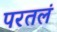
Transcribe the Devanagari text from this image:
परतलं